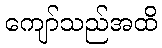
ကျော်သည်အထိ